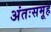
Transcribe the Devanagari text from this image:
अंतःसमूह